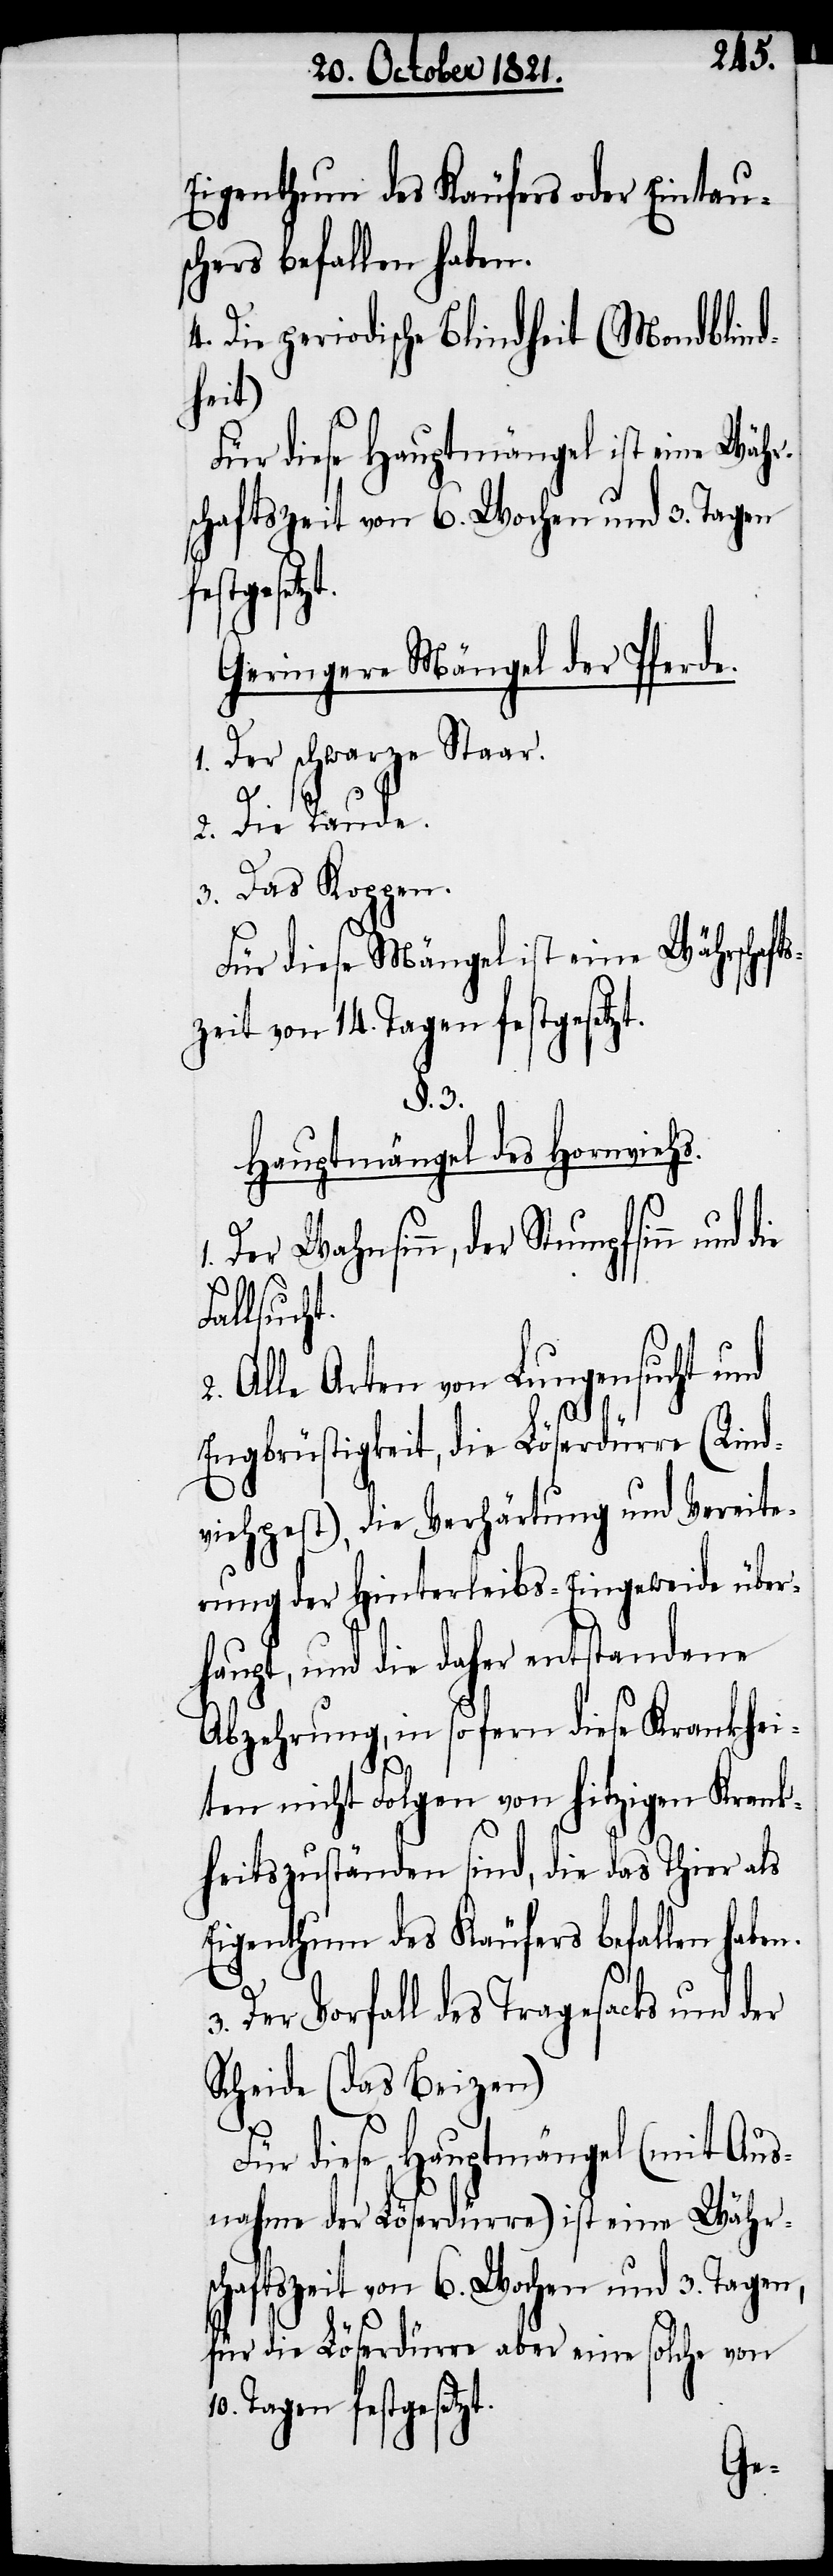
Eigenthum des Käufers oder Eintau¬
schers befallen haben.
Die periodische Blindheit (Mondblind¬
heit)
Für diese Hauptmängel ist eine Währ¬
schaftszeit von 6. Wochen und 3. Tagen
gesetzt.
Geringere Mängel der Pferde.
1. Der schwarze Staar.
2. Die Raude.
3. Das Koppen.
Für diese Mängel ist eine Währschaft¬
zeit von 14. Tagen festgesetz¬
§. 3.
Hauptmängel des Hornviehs.
Der Wahnsinn, der Stumpfsinn und
Fallsuch¬
Alle Arten von Lungensucht und
Engbrüstigkeit, die Löserdürre (Rind¬
viehpest), die Verhärtung und Vereite¬
rung der Hinterleibs-Eingeweide über¬
haupt, und die daher entstehenden
Abzehrungen, in sofern diese Krankhei¬
t.
3.
ten nicht Folgen von hitzigen Krank¬
heitszuständen sind, die das Thier als
Eigenthum des Käufers befallen habe¬
Der Vorfall des Tragesacks und der
Scheide (das Beizen).
Für diese Hauptmängel (mit Aus¬
nahme der Löserdürre) ist eine Währs¬
chaftszeit von 6. Wochen und 3. Tagen,
für die Löserdürre aber eine solche von
Tagen festgesetz¬